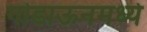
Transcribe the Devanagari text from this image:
गोडाऊनमध्ये